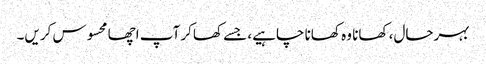
بہرحال، کھانا وہ کھانا چاہیے، جسے کھاکر آپ اچھا محسوس کریں۔